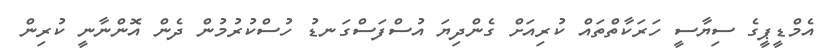
އެމްޑީޕީގެ ސިޔާސީ ހަރަކާތްތައް ކުރިއަށް ގެންދިޔަ އުސްފަސްގަނޑު ހުސްކުރުމުން ދެން އޮންނާނީ ކުރިން